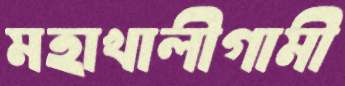
মহাখালীগামী